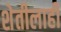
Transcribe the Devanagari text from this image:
शेतीलाही